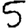
Digit: 5